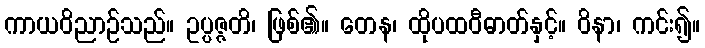
ကာယဝိညာဉ်သည်။ ဥပ္ပဇ္ဇတိ၊ ဖြစ်၏။ တေန၊ ထိုပထဝီဓာတ်နှင့်။ ဝိနာ၊ ကင်း၍။